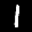
Label: 1